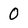
Character: 0